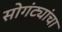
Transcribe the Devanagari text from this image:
सोगंट्यांचा